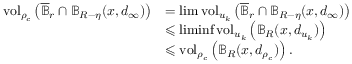
\begin{array} { r l } { \mathrm { v o l } _ { \rho _ { c } } \left( \overline { \mathbb { B } } _ { r } \cap \mathbb { B } _ { R - \eta } ( x , d _ { \infty } ) \right) } & { = \operatorname* { l i m } \mathrm { v o l } _ { u _ { k } } \left( \overline { \mathbb { B } } _ { r } \cap \mathbb { B } _ { R - \eta } ( x , d _ { \infty } ) \right) } \\ & { \leqslant \operatorname* { l i m i n f } \mathrm { v o l } _ { u _ { k } } \left( \mathbb { B } _ { R } ( x , d _ { u _ { k } } ) \right) } \\ & { \leqslant \mathrm { v o l } _ { \rho _ { c } } \left( \mathbb { B } _ { R } ( x , d _ { \rho _ { c } } ) \right) . } \end{array}